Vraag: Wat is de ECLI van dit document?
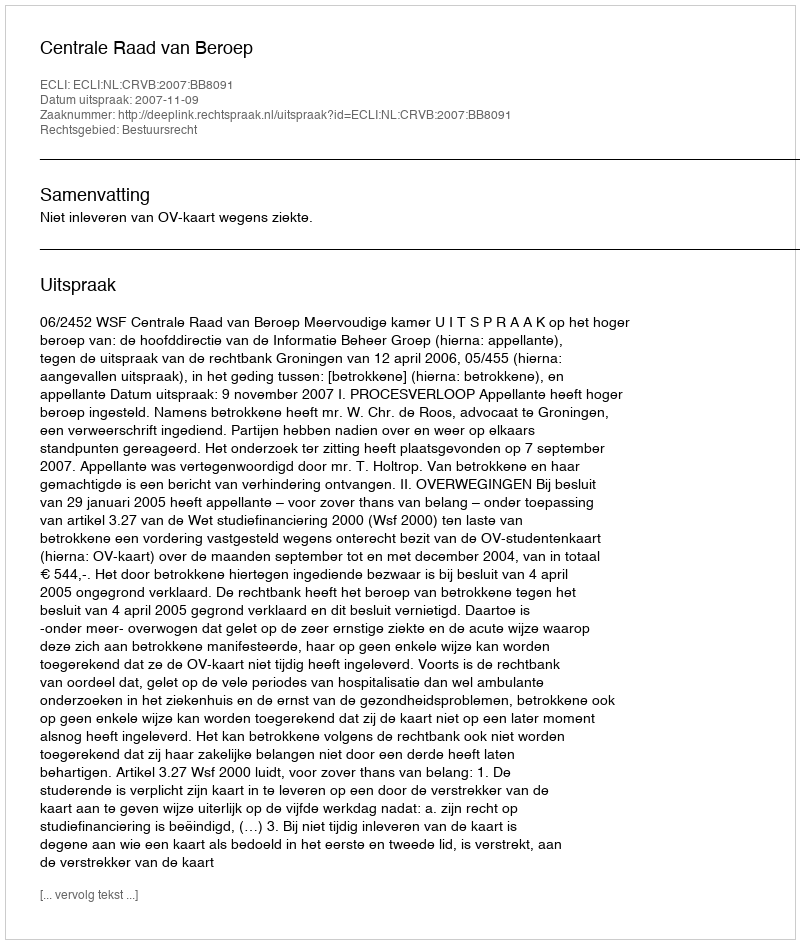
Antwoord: ECLI:NL:CRVB:2007:BB8091